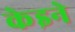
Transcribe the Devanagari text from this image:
केइने